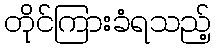
တိုင်ကြားခံရသည့်